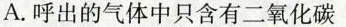
A.呼出的气体中只含有二氧化碳